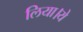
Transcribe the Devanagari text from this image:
लिया।ये